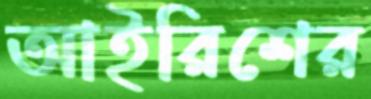
আইরিশের